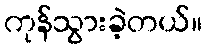
ကုန်သွားခဲ့တယ်။